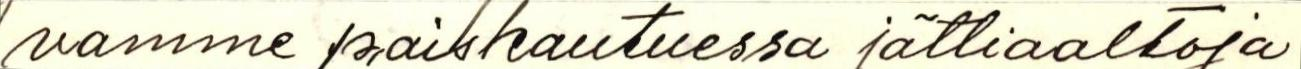
vamme paiskautuessa jättiaaltoja